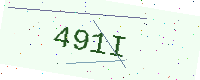
Text: 491I